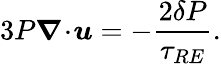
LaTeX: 3P\boldsymbol{\nabla}\! \cdot\! \boldsymbol{u}=-\frac{2\delta{P}}{\tau_{RE}}.